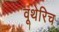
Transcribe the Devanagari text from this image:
वूथेरिच